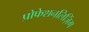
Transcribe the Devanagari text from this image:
प्रोफेशनलिज़िंग